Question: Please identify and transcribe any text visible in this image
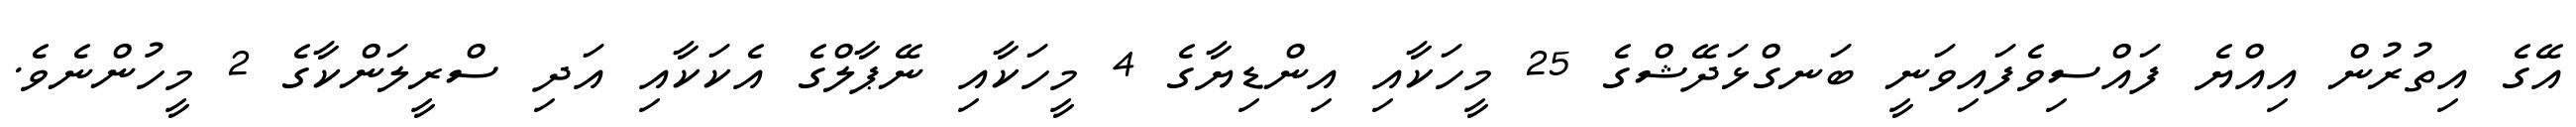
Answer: އޭގެ އިތުރުން އިއްޔެ ފައްސިވެފައިވަނީ ބަނގްޅަދޭޝްގެ 25 މީހަކާއި އިންޑިޔާގެ 4 މީހަކާއި ނޭޕާލްގެ އެކަކާއި އަދި ސްރީލަންކާގެ 2 މީހުންނެވެ.